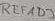
Text: REFADJ